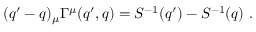
( q ^ { \prime } - q ) _ { \mu } \Gamma ^ { \mu } ( q ^ { \prime } , q ) = S ^ { - 1 } ( q ^ { \prime } ) - S ^ { - 1 } ( q ) ~ .